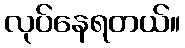
လုပ်နေရတယ်။